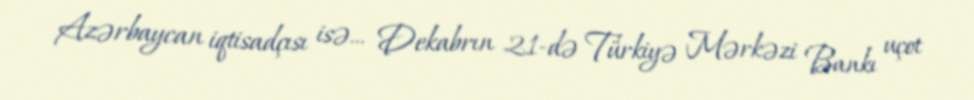
Azərbaycan iqtisadçısı isə... Dekabrın 21-də Türkiyə Mərkəzi Bankı uçot